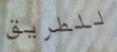
للطريق